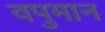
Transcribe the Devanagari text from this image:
वपुमान